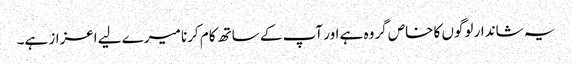
یہ شاندار لوگوں کا خاص گروہ ہے اور آپ کے ساتھ کام کرنا میرے لیے اعزاز ہے۔